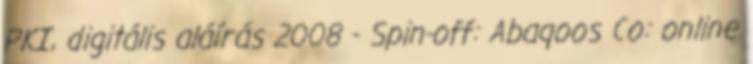
PKI, digitális aláírás 2008 - Spin-off: Abaqoos Co: online